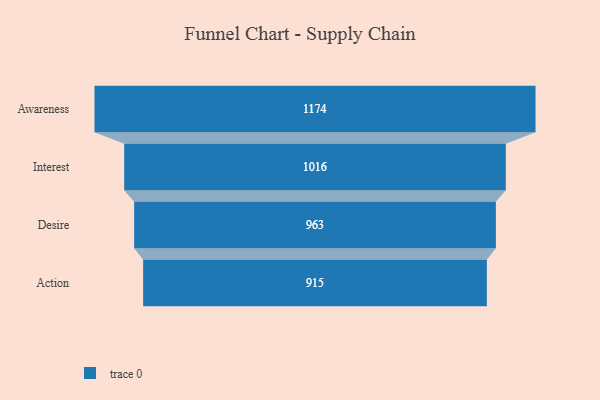
{"axis": {"x": "Stage", "y": "Value"}, "legend": [""], "data": [{"x": "Awareness", "y": 1174.0, "type": ""}, {"x": "Interest", "y": 1016.0, "type": ""}, {"x": "Desire", "y": 963.0, "type": ""}, {"x": "Action", "y": 915.0, "type": ""}]}